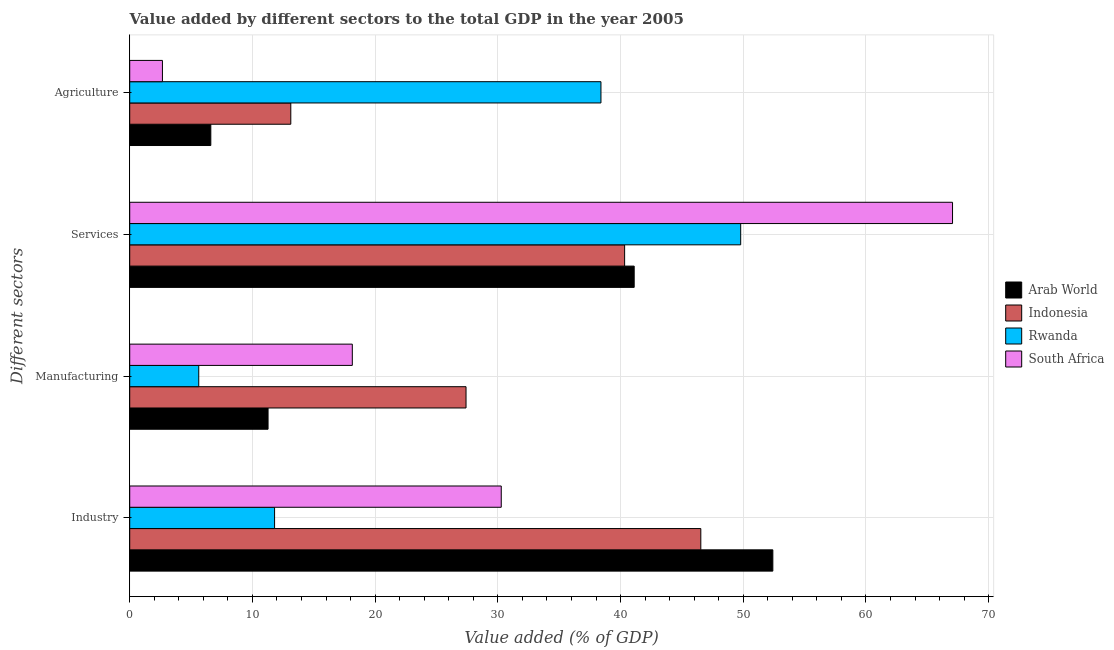
| Different sectors | Arab World | Indonesia | Rwanda | South Africa |
 | --- | --- | --- | --- | --- |
 | Industry | 52.4 | 46.5 | 11.8 | 30.3 |
 | Manufacturing | 11.3 | 27.4 | 5.62 | 18.1 |
 | Services | 41.1 | 40.3 | 49.8 | 67.1 |
 | Agriculture | 6.61 | 13.1 | 38.4 | 2.67 |